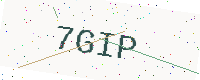
Text: 7GIP